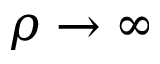
\rho \to \infty